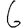
Digit: 6